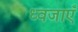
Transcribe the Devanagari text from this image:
ध्वजाएँ